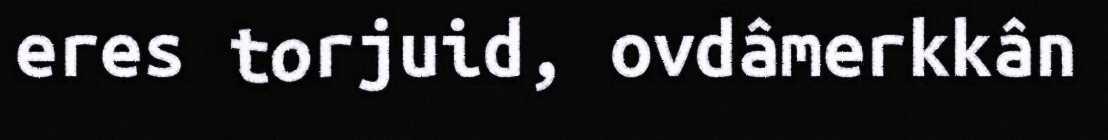
eres torjuid, ovdâmerkkân